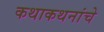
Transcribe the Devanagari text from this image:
कथाकथनांचे